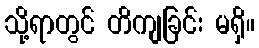
သို့ရာတွင် တိကျခြင်း မရှိ။